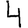
Digit: 4